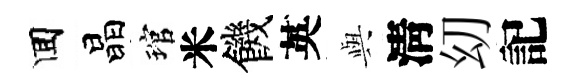
囬晶琯米饑英𫤰淸㓜記